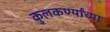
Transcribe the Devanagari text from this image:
कुलकर्ण्यांच्या